65_HS1-834228961_62-HQ-83894_Serial_130
Agency: FBI
Page 111
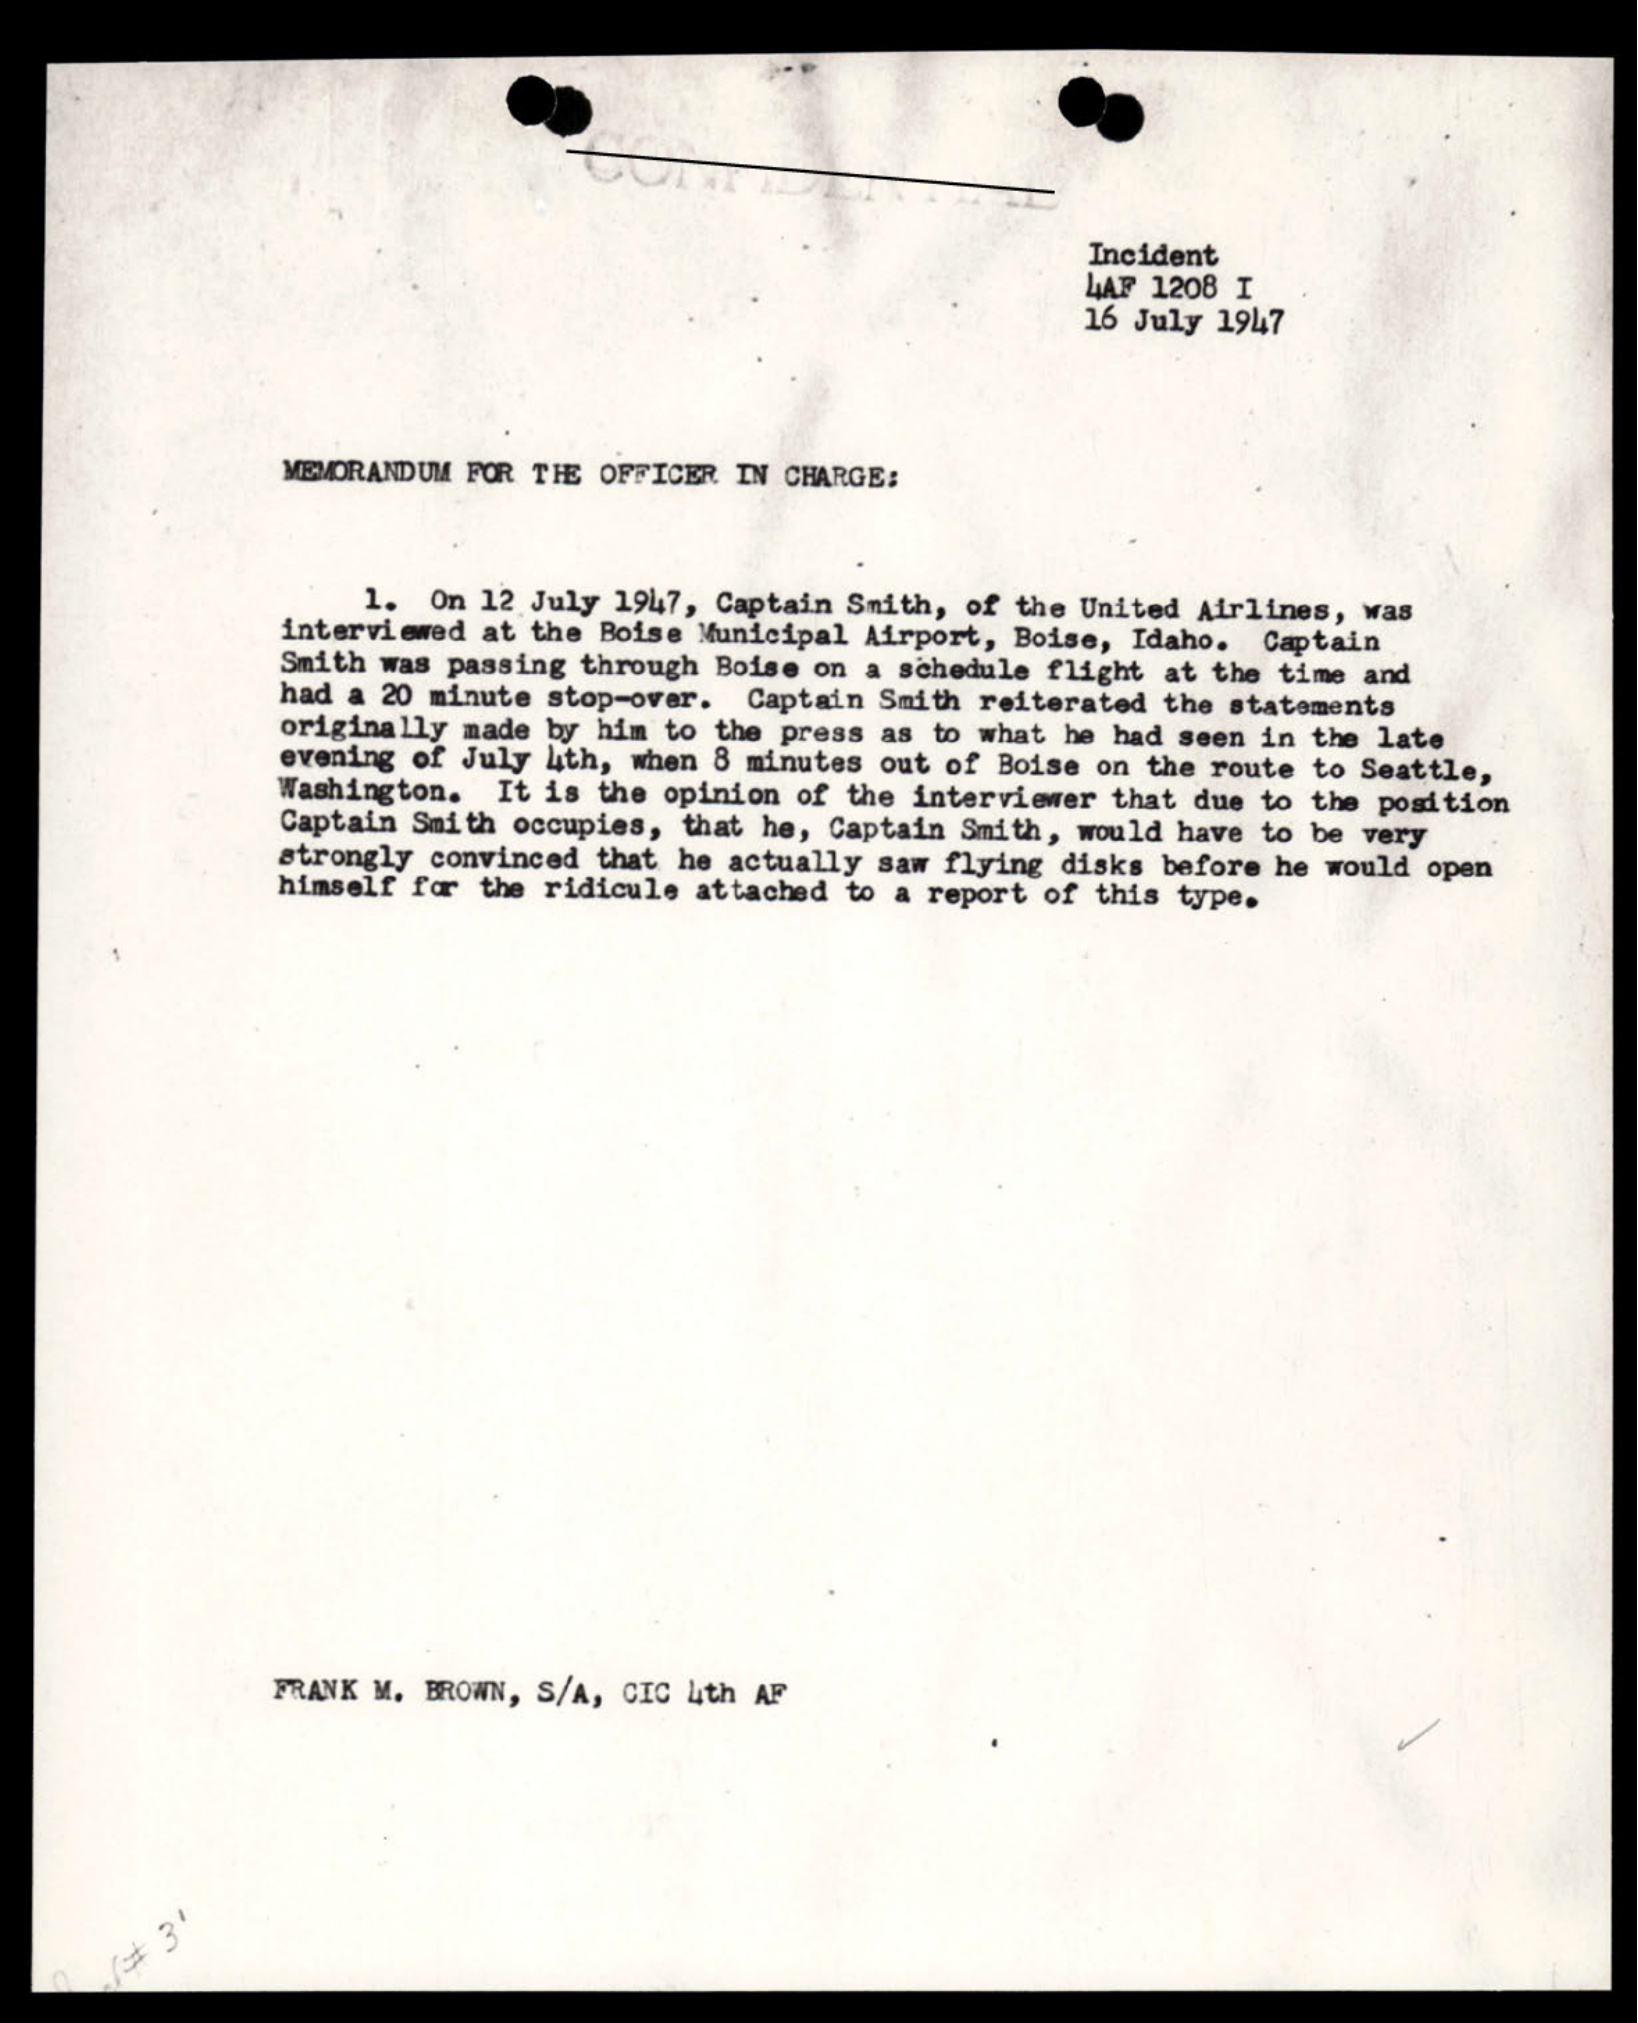